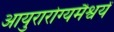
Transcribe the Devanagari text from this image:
आयुरारोग्यमैश्वर्यं